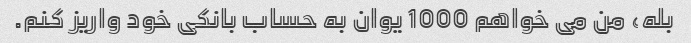
بله، من می خواهم 1000 یوان به حساب بانکی خود واریز کنم.